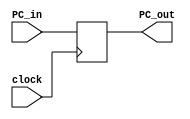
`timescale 1ns / 1ps
//////////////////////////////////////////////////////////////////////////////////
// Company: 
// Engineer: 
// 
// Design Name: 
// Module Name: PC
// Project Name: 
// Target Devices: 
// Tool Versions: 
// Description: 
// 
// Dependencies: 
// 
// Revision:
// Revision 0.01 - File Created
// Additional Comments:
// 
//////////////////////////////////////////////////////////////////////////////////


module PC(PC_in, PC_out, clock);
    input [31:0] PC_in;
    input clock;
    output reg [31:0] PC_out;
    initial begin
        PC_out = 32'b0;
    end
    
    always@(posedge clock) begin
        PC_out <= PC_in;
    end

endmodule